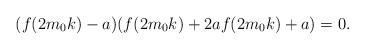
LaTeX: \begin{align*}(f(2m_0k)-a)(f(2m_0k)+2af(2m_0k)+a)=0.\end{align*}